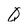
Character: Q